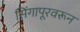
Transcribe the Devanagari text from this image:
सिंगापूरवरून